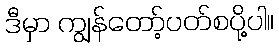
ဒီမှာ ကျွန်တော့်ပတ်စပို့ပါ။